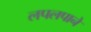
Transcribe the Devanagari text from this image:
लपलपाने